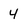
Character: 4